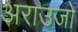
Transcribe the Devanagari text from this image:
अराउजो